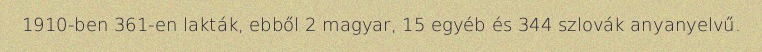
1910-ben 361-en lakták, ebből 2 magyar, 15 egyéb és 344 szlovák anyanyelvű.